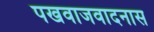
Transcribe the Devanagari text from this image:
पखवाजवादनास